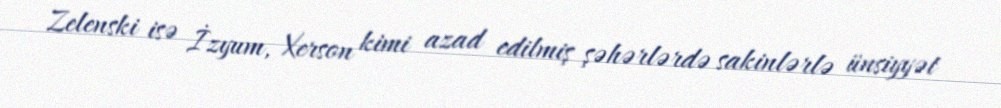
Zelenski isə İzyum, Xerson kimi azad edilmiş şəhərlərdə sakinlərlə ünsiyyət